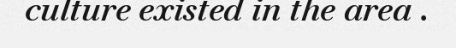
culture existed in the area .